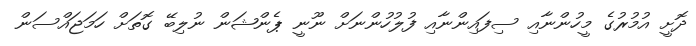
ދޮށީ އުމުރުގެ މީހުންނާއި ސިފައިންނާއި ފުލުހުންނަށް ނޫނީ ޕެންޝަން ނުލިބޭ ގޮތަށް ހަމަޖައްސަން